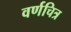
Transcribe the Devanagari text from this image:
वर्णचित्र